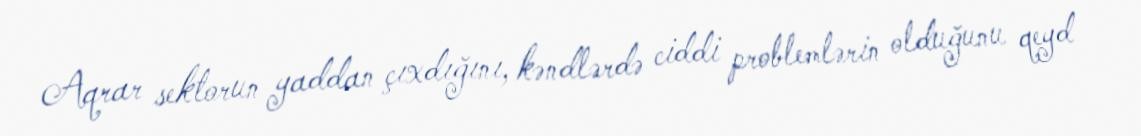
Aqrar sektorun yaddan çıxdığını, kəndlərdə ciddi problemlərin olduğunu qeyd